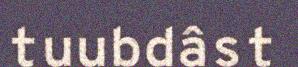
tuubdâst